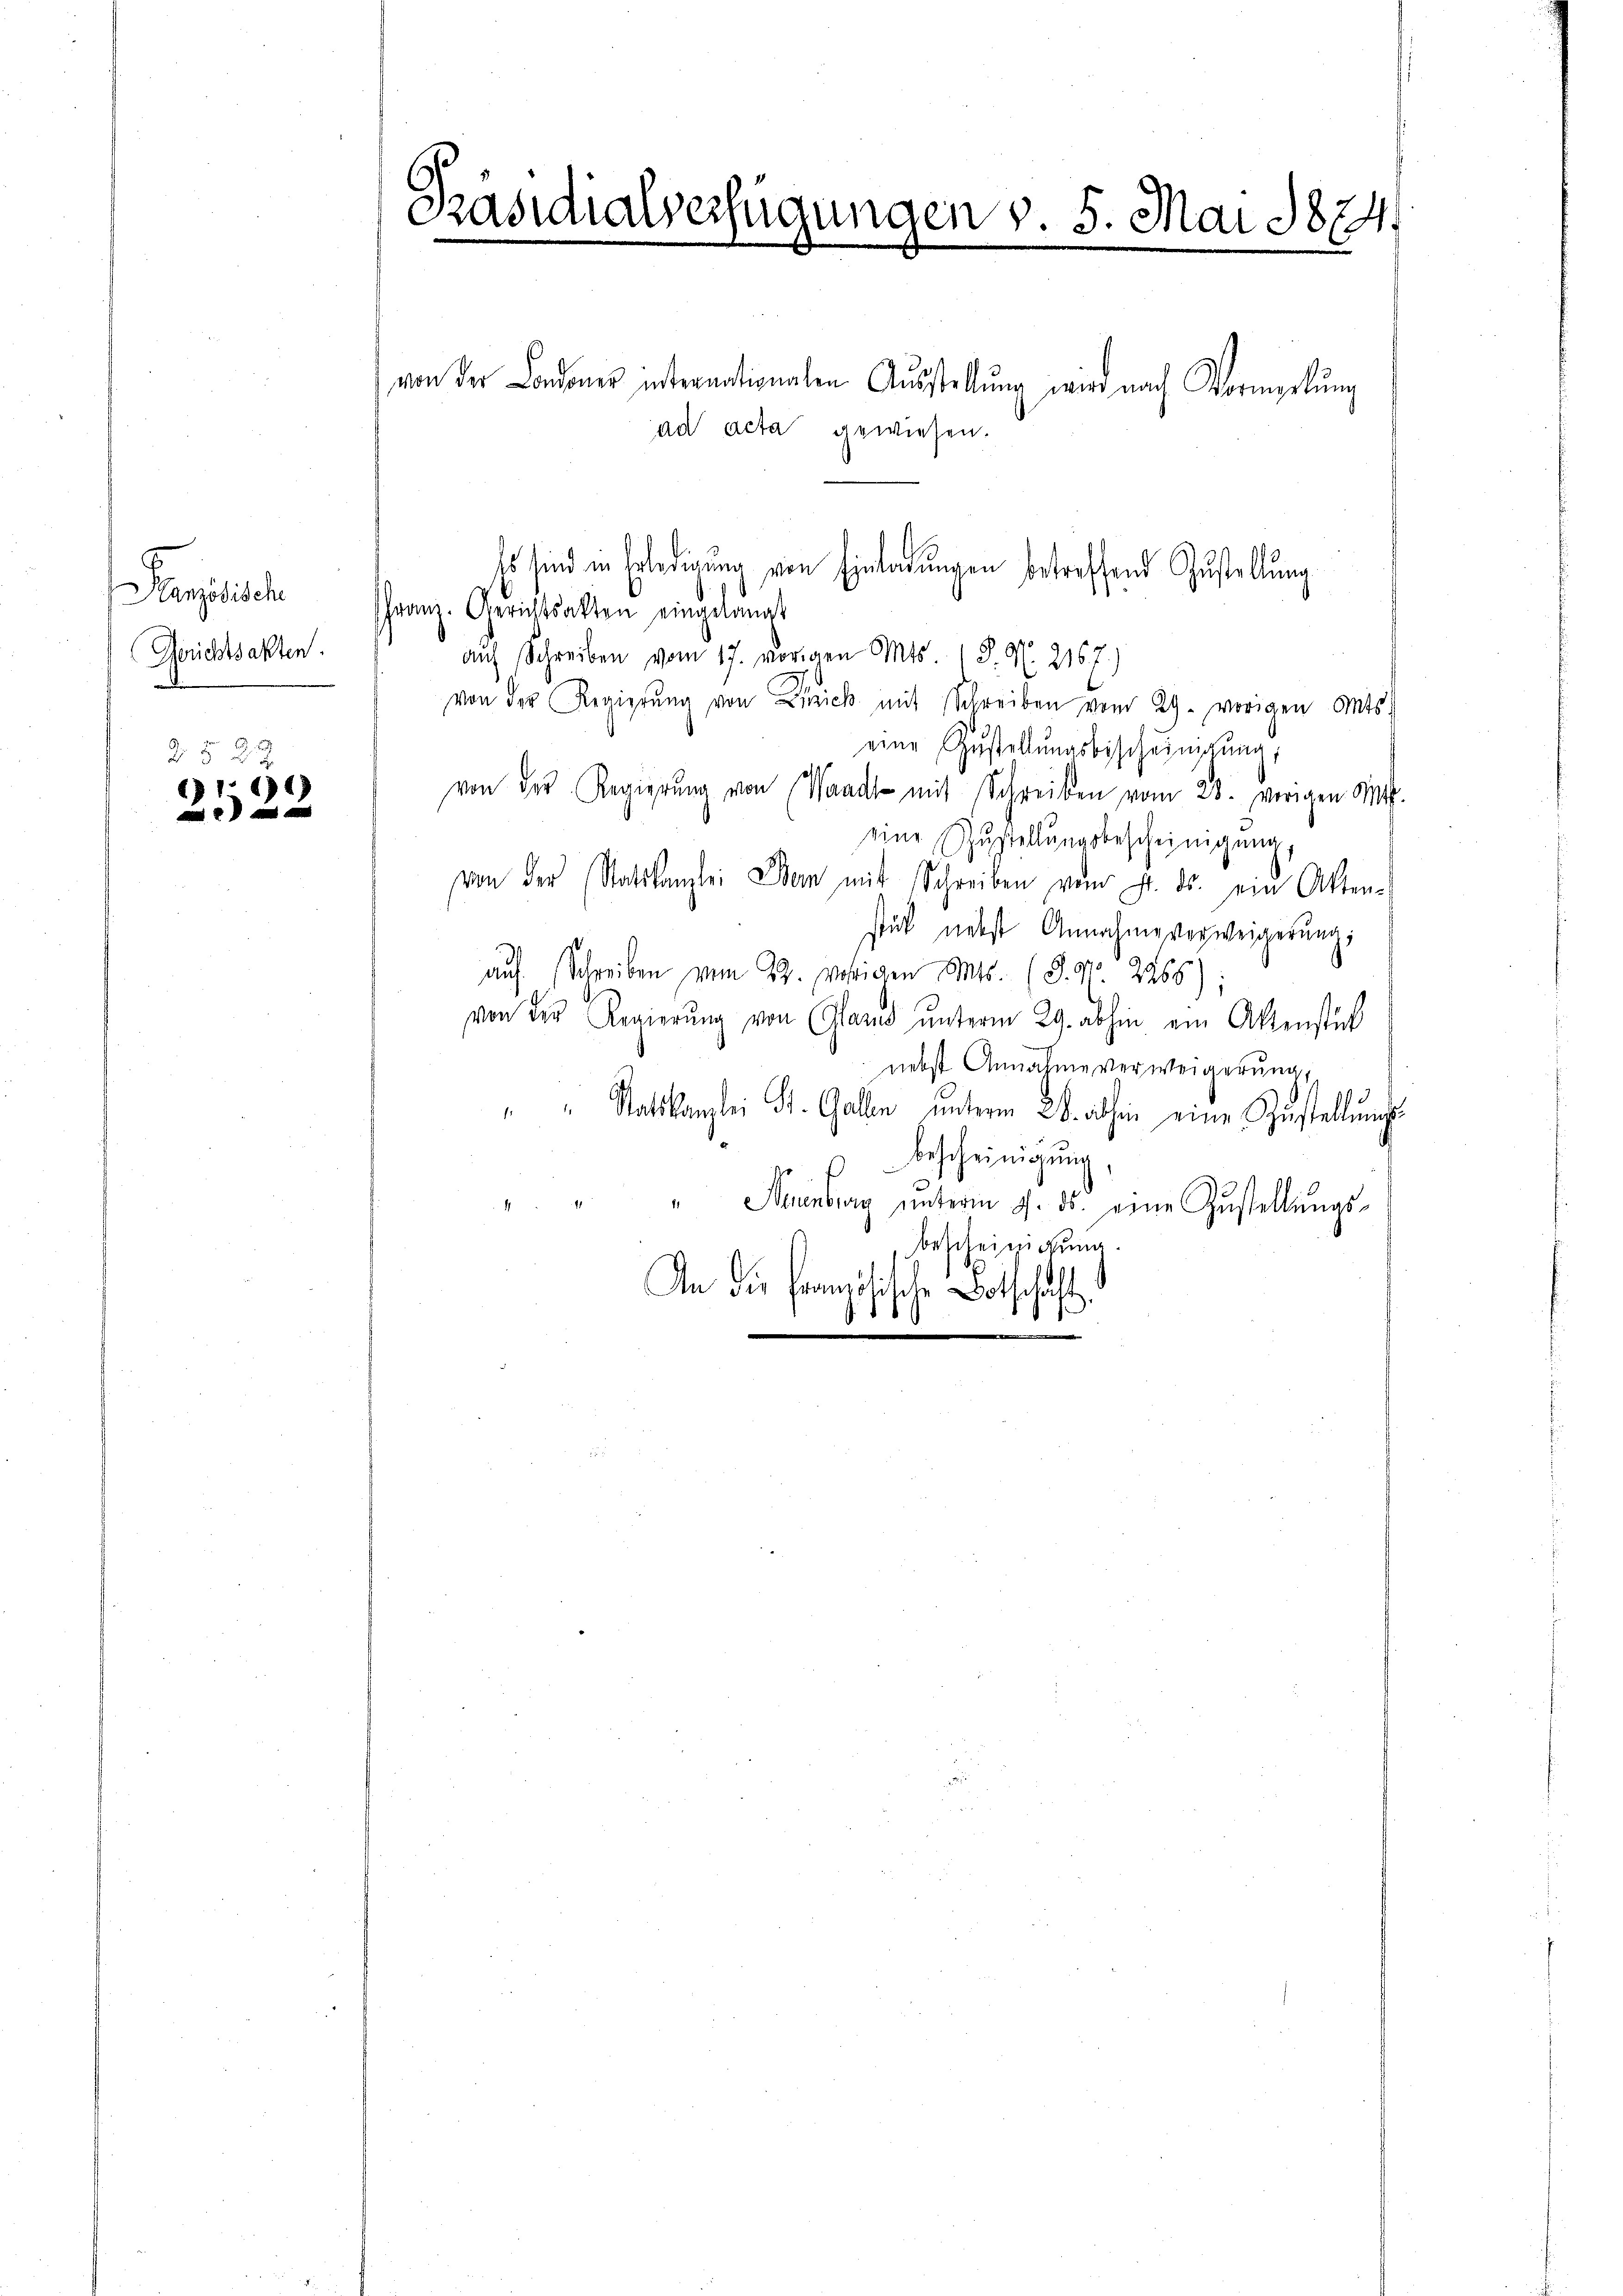
Ranzösisch
Gerichtsakten.

2522
)
e

Präsidialverfügungen v. 5. Mai 1874.

von der Londones internationalen Aŭsstellŭng wird nach Vormerkŭng
ad acta gewiesen.
Franz. Gerichtsakten eingelangt
auf Schreiben vom 17. vorigen Mts. 1 S. N. 2167.)
von der Regierŭng von Zürich mit Schreiben vom 29. vorigen Mts.
eine Zustellŭngsbescheinigung;
von der Regierŭng von Waadt mit Schreiben vom 28. vorigen Mtt.
eine Zustellŭngsbescheinigung,
von der Statskanzlei Bern mit Schreiben vom 7. ds. ein Atten-
stük nebst Annahme verweigerung,
auf Schreiben vom 22. vorigen Mts. (S. 3o zappe
von der Regierung von Gland unterm 29. abhin ein Aktenstück
nebst Annahme verweigerung,
"" Ratskanzlei St. Gallen ŭnterm 28. abhin eine Zustellŭngs-
u bescheinigung,
" " " Neuenburg ŭnterm 7. ds. eine Zŭstellŭngs-
Bescheinigung
An die Französische Botschaft
.

Es sind in Erledigung von Einladungen betreffend Zustellung